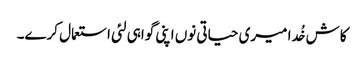
کاش خُدا میری حیاتی نوں اپنی گواہی لئی استعمال کرے۔